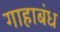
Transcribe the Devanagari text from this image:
गाहाबंध